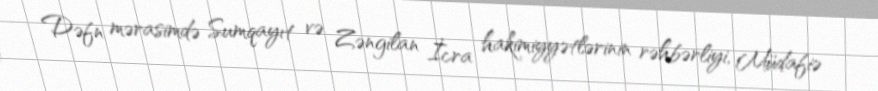
Dəfn mərasimdə Sumqayıt və Zəngilan İcra hakimiyyətlərinin rəhbərliyi, Müdafiə